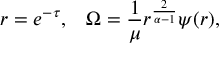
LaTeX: r = e ^ { - \tau } , \; \; \; \Omega = { \frac { 1 } { \mu } } r ^ { \frac { 2 } { \alpha - 1 } } \psi ( r ) ,